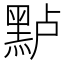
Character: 𱋶